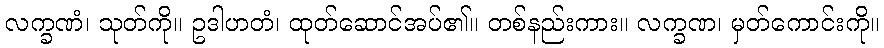
လက္ခဏံ၊ သုတ်ကို။ ဥဒါဟတံ၊ ထုတ်ဆောင်အပ်၏။ တစ်နည်းကား။ လက္ခဏ၊ မှတ်ကောင်းကို။